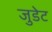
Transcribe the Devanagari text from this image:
जुडेट